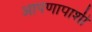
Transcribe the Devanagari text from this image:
आपणापाशी